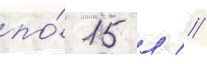
по́ 15 л //